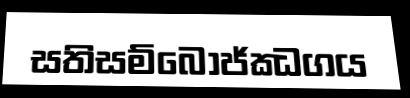
සතිසම්බොජ්ඣගය